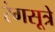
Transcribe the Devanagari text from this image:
रंगसूत्रे